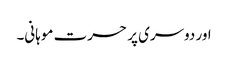
اور دوسری پر حسرت موہانی۔